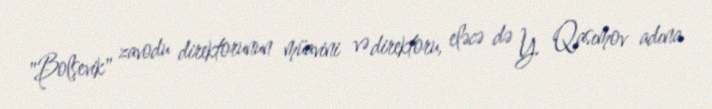
"Bolşevik" zavodu direktorunun müavini və direktoru, eləcə də Y. Qasımov adına